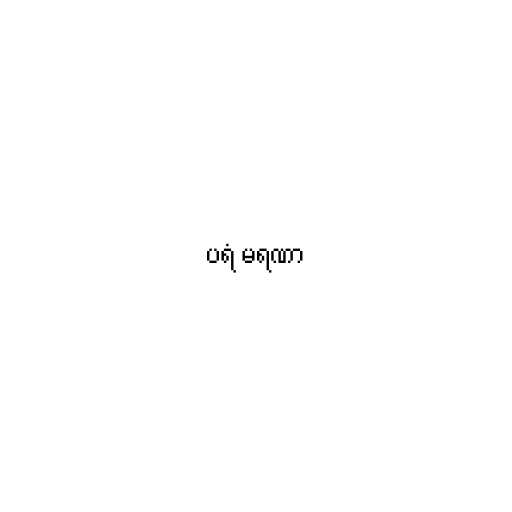
ပရံ မရဏာ